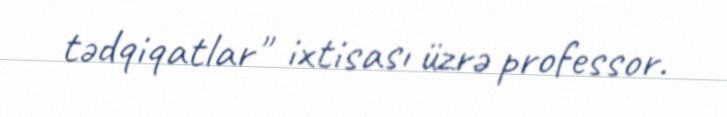
tədqiqatlar" ixtisası üzrə professor.